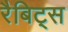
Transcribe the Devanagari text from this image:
रैबिट्स